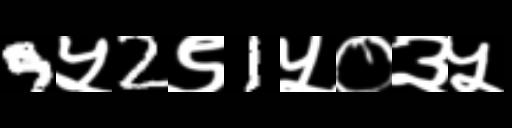
Text: 9५2९1५०३५